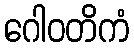
ဂေါဝတိကံ